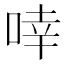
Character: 啈